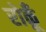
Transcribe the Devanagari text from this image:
रोकूँ